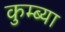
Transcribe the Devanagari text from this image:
कुम्ब्या